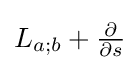
L_{a;b}+{\tfrac {\partial }{\partial s}}